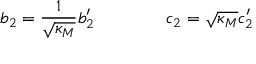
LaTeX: b _ { 2 } = \frac { 1 } { \sqrt { \kappa _ { M } } } b _ { 2 } ^ { \prime } \qquad \qquad c _ { 2 } = \sqrt { \kappa _ { M } } c _ { 2 } ^ { \prime }